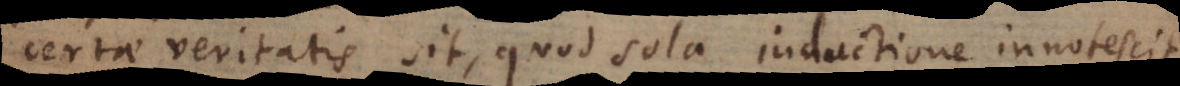
certae veritatis sit, quod sola inductione innotescit,